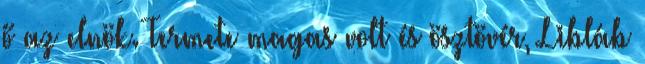
ő az elnök. Termete magas volt és ösztövér, Libláb